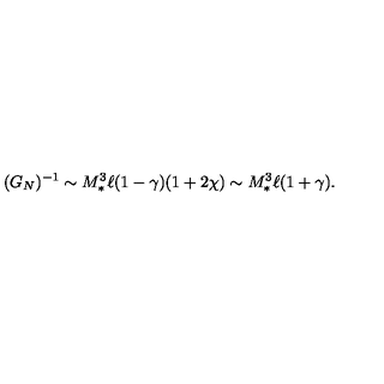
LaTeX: ( G _ { N } ) ^ { - 1 } \sim M _ { * } ^ { 3 } \ell ( 1 - \gamma ) ( 1 + 2 \chi ) \sim M _ { * } ^ { 3 } \ell ( 1 + \gamma ) .